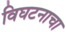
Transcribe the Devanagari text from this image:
विघटनाचा